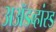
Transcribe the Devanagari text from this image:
अॲडव्हांस्ड